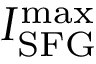
I _ { \mathrm { S F G } } ^ { \mathrm { m a x } }